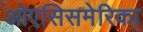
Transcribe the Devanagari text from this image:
ओएसिसमेरिका